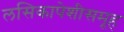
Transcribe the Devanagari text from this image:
लसिकापेशीसमूह